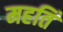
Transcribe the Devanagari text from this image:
महतिं